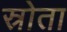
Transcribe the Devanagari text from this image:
स्रोता